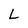
Character: L